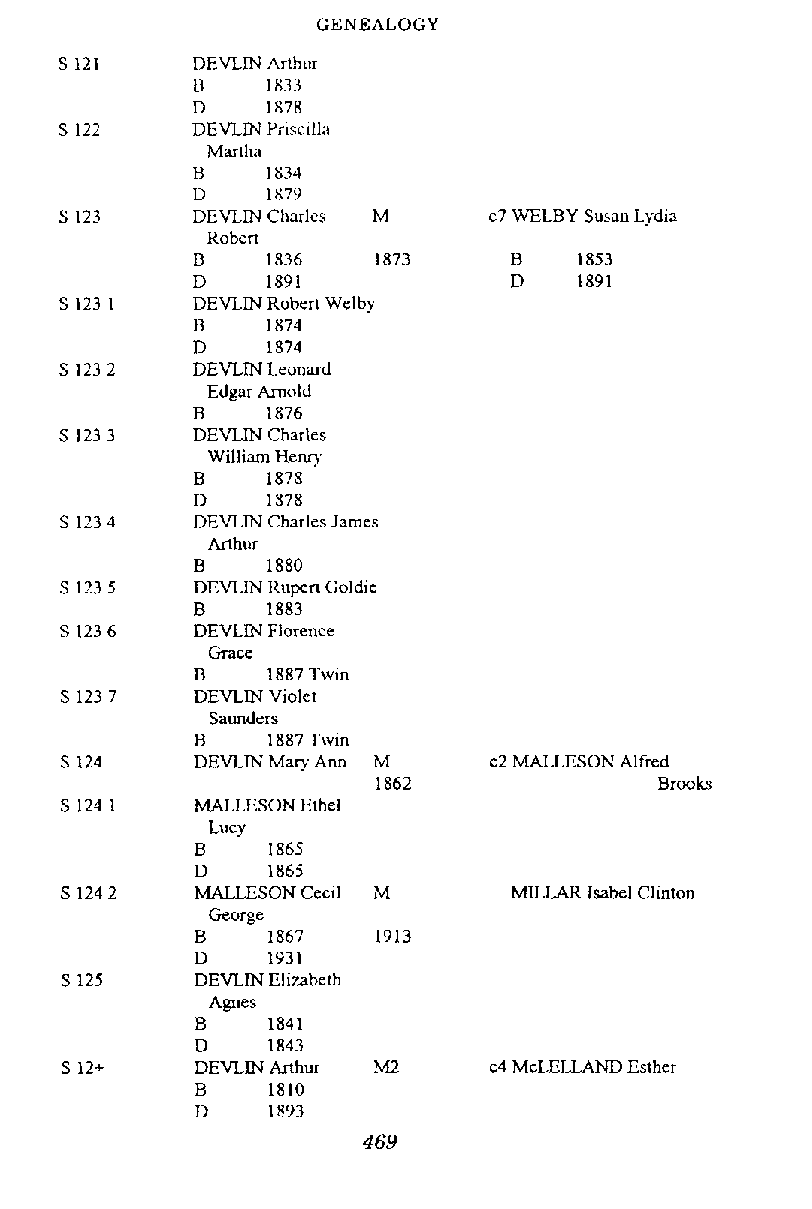
GENEALOGY
 DEVLIN Arthur
 B    1833
 D    1878
 DEVLIN Pnscllla
 D    1x79
 DEVLIN Charles M   c7 WELBY Susan Lydia
 Robert
 B    1836   1873     B   1853
 D    1891            D   1891
 DEVLIN Rohen Welby
 B    1874
 D    1874
 DEVLIN Leonard
 Edgar Arnold
 B    1876
 DEVLM Charles
 William Henry
 B    1878
 D    1878
 DEVLIN Charles James
 Arthur
 B    1880
 DEVLW Rupen Goldic
 B    1883
 DEVLIN Florence
 Grace
 B    1887 Twin
 DEVLIN Violet
 Saunders
 B    1887 Twin
 DEVLINMarv Ann M   c2 MALLESON Alfred
 1862              Brooks
 MALLESON Ethel
 Lucy
 B    1865
 D    1865
 MALLESON Cecil M     MILLAR Isabel Clinton
 George
 DEVLIN Elizabeth
 Agnes
 B    1841
 D    1843
 DEVLIN Arthur A42  c4 McLELLAND Esther